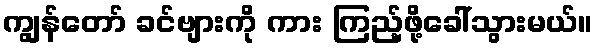
ကျွန်တော် ခင်ဗျားကို ကား ကြည့်ဖို့ခေါ်သွားမယ်။